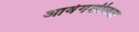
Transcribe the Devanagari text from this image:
आवेगशीलता